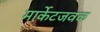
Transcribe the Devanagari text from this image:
मार्केटजवळ